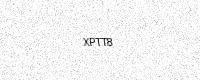
Text: XPTT8